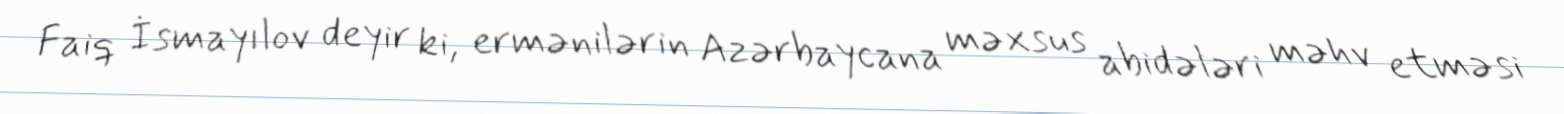
Faiq İsmayılov deyir ki, ermənilərin Azərbaycana məxsus abidələri məhv etməsi